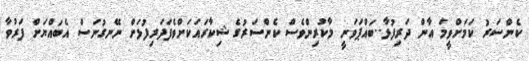
ކެންސަރު ކަމަށްވީމަ އާން ދަރިފުޅާ..ބައްޕަވަނީ މާކުރިންވެސް ކެންސަރުގެ ޝިކާރައަކަށްވެފަދަރިފުޅަށް ނޭނގުނަސް އެބައްޔަށް ފަރުވާ